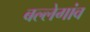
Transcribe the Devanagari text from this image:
बल्लेगांव